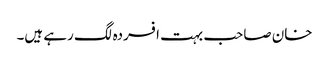
خان صاحب بہت افسردہ لگ رہے ہیں۔